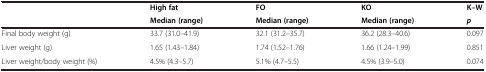
<table><thead><tr><td><b> </b></td><td><b>High fat</b></td><td><b>FO</b></td><td><b>KO</b></td><td><b>K–W</b></td></tr><tr><td><b> </b></td><td><b>Median (range)</b></td><td><b>Median (range)</b></td><td><b>Median (range)</b></td><td><b><i>p</i></b></td></tr></thead><tbody><tr><td>Final body weight (g)</td><td>33.7 (31.0–41.9)</td><td>32.1 (31.2–35.7)</td><td>36.2 (28.3–40.6)</td><td>0.097</td></tr><tr><td>Liver weight (g)</td><td>1.65 (1.43–1.84)</td><td>1.74 (1.52–1.76)</td><td>1.66 (1.24–1.99)</td><td>0.851</td></tr><tr><td>Liver weight/body weight (%)</td><td>4.5% (4.3–5.7)</td><td>5.1% (4.7–5.5)</td><td>4.5% (3.9–5.0)</td><td>0.074</td></tr></tbody></table>